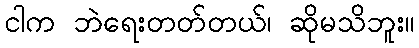
ငါက ဘဲရေးတတ်တယ်၊ ဆိုမသိဘူး။